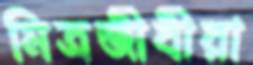
মিত্রজীবীরা